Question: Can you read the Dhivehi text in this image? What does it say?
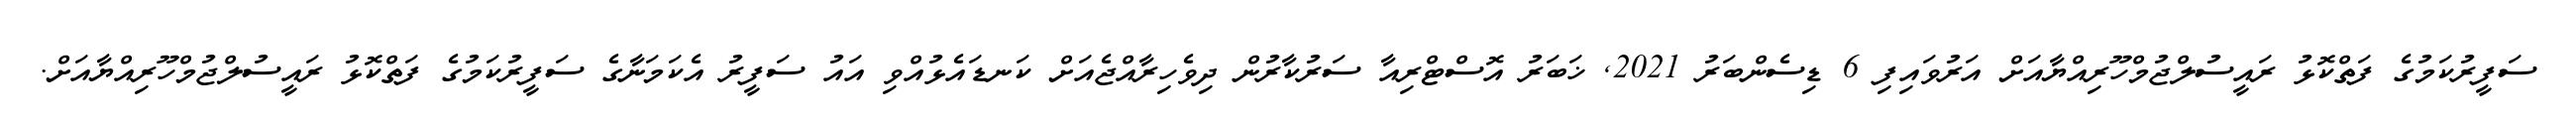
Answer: ސަފީރުކަމުގެ ފަތްކޮޅު ރައީސުލްޖުމްހޫރިއްޔާއަށް އަރުވައިފި 6 ޑިސެންބަރު 2021, ޚަބަރު އޮސްޓްރިއާ ސަރުކާރުން ދިވެހިރާއްޖެއަށް ކަނޑައެޅުއްވި އައު ސަފީރު އެކަމަނާގެ ސަފީރުކަމުގެ ފަތްކޮޅު ރައީސުލްޖުމްހޫރިއްޔާއަށް.